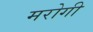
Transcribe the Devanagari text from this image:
मरोगी